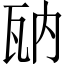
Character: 𤬲